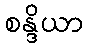
စန္ဒိယာ